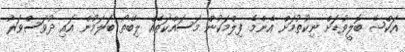
އަކްޝޭ ބޮލީވުޑަށް ނިކުތުމަށް އެންމެ ފިލްމަކުން މަސައްކަތެއް ލިބޭތޯ ބަލަމުން އައި ދުވަސްވަރު